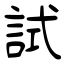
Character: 試